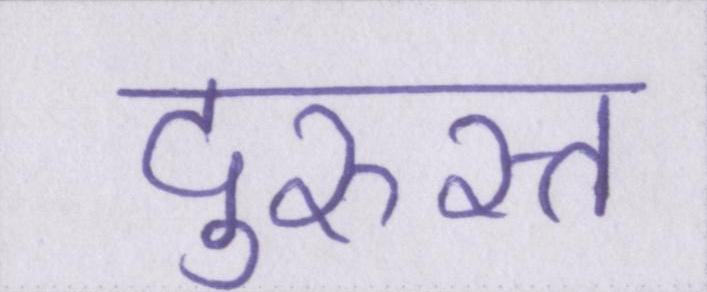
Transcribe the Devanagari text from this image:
दुरुस्त